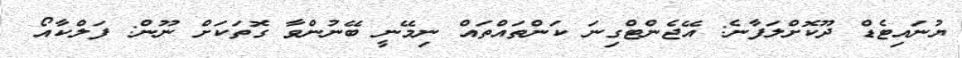
ޔުނައިޓެޑް ދޫކޮށްލަފާނެ: އޭޖެންޓްގިނަ ކަންތައްތައް ނިމޭނީ ބޭނުންވާ ގޮތަކަށް ނޫން: ފަލްކާއޯ